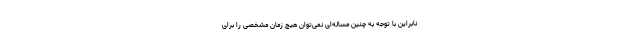
نابراین با توجه به چنین مساله‌ای نمی‌توان هیچ زمان مشخصی را برای